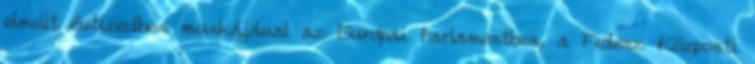
elmúlt évtizedben munkájával az Európai Parlamentben, a Fidesz Központi